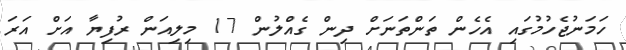
ހަމަނުޖެހުމުގައި އެހެން ތަންތަނަށް ދިން ގެއްލުން 17 މިލިއަން ރުފިޔާ އަށް އަރަ